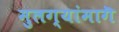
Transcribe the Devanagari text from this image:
मुलग्यांमागॆ